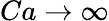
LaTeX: Ca\rightarrow\infty